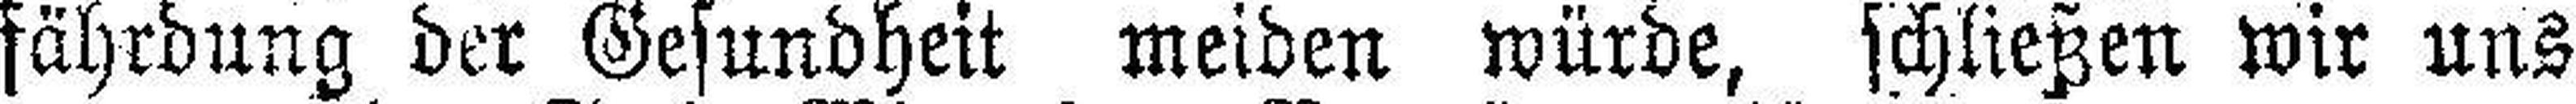
fährdung der Gesundheit meiden würde, schließen wir uns